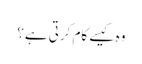
وہ کیسے کام کرتی ہے؟